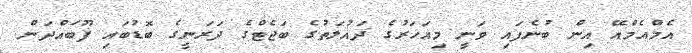
އެމްއެމްއޭ އިން ބުނެފައި ވަނީ މިއަހަރުގެ ދައުލަތުގެ ބަޖެޓްގެ ދަރަނީގެ ބޮޑުބައި ފޫބައްދަން